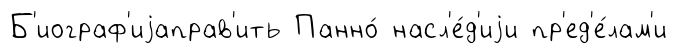
Б'иограф'иjаправ'ить Панно́ насл'е́д'иjи пр'ед'е́лам'и